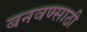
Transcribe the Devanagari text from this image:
बनवण्साठी